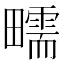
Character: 㽭